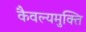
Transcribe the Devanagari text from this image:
कैवल्यमुक्ति